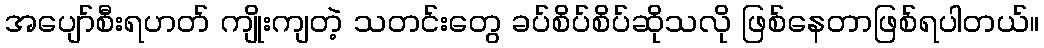
အပျော်စီးရဟတ် ကျိုးကျတဲ့ သတင်းတွေ ခပ်စိပ်စိပ်ဆိုသလို ဖြစ်နေတာဖြစ်ရပါတယ်။